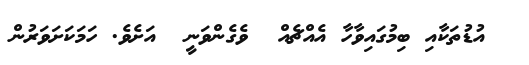
އުޑުތަކާއި ބިމުގައިވާހާ އެއްޗެއް  ވެގެންވަނީ  އަށެވެ. ހަމަކަށަވަރުން